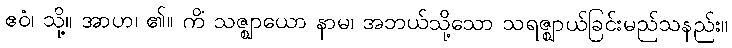
ဧဝံ၊ သို့။ အာဟ၊ ၏။ ကိံ သဇ္ဈာယော နာမ၊ အဘယ်သို့သော သရဇ္ဈာယ်ခြင်းမည်သနည်း။